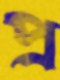
প্র